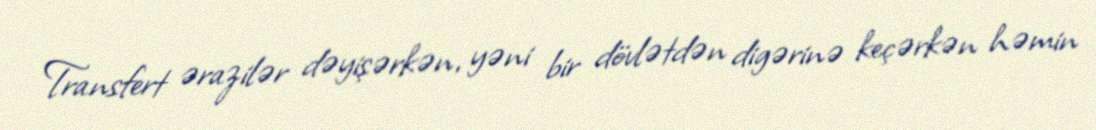
Transfert ərazilər dəyişərkən, yəni bir dövlətdən digərinə keçərkən həmin